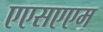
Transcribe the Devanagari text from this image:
एएसएएम